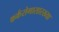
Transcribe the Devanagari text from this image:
कर्करोगासारख्या